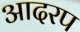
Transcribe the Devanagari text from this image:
आदरप